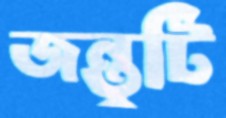
জন্তুটি